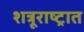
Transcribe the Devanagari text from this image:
शत्रूराष्ट्रात